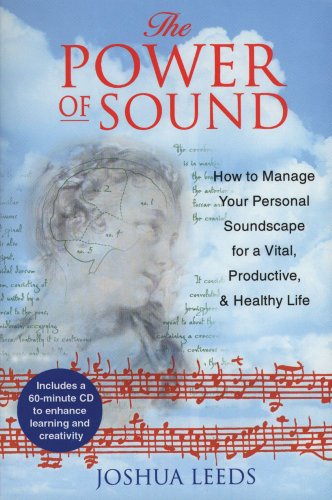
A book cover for The Power of Sound: How to Manage Your Personal Soundscape for a Vital, Productive, and Healthy Life; Joshua Leeds; Health, Fitness & Dieting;